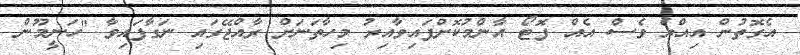
އެގޮތުން އިއްޔެ ވެސް އެއް ފޮޓޯ އާންމުކޮށްފައިވާއިރު މިހާތަނަށް ރާއްޖޭގައި ނަގާފައިވާ "ހަނީމޫން